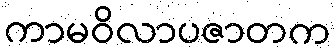
ကာမဝိလာပဇာတက